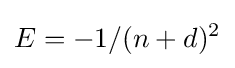
E=-1/(n+d)^{2}